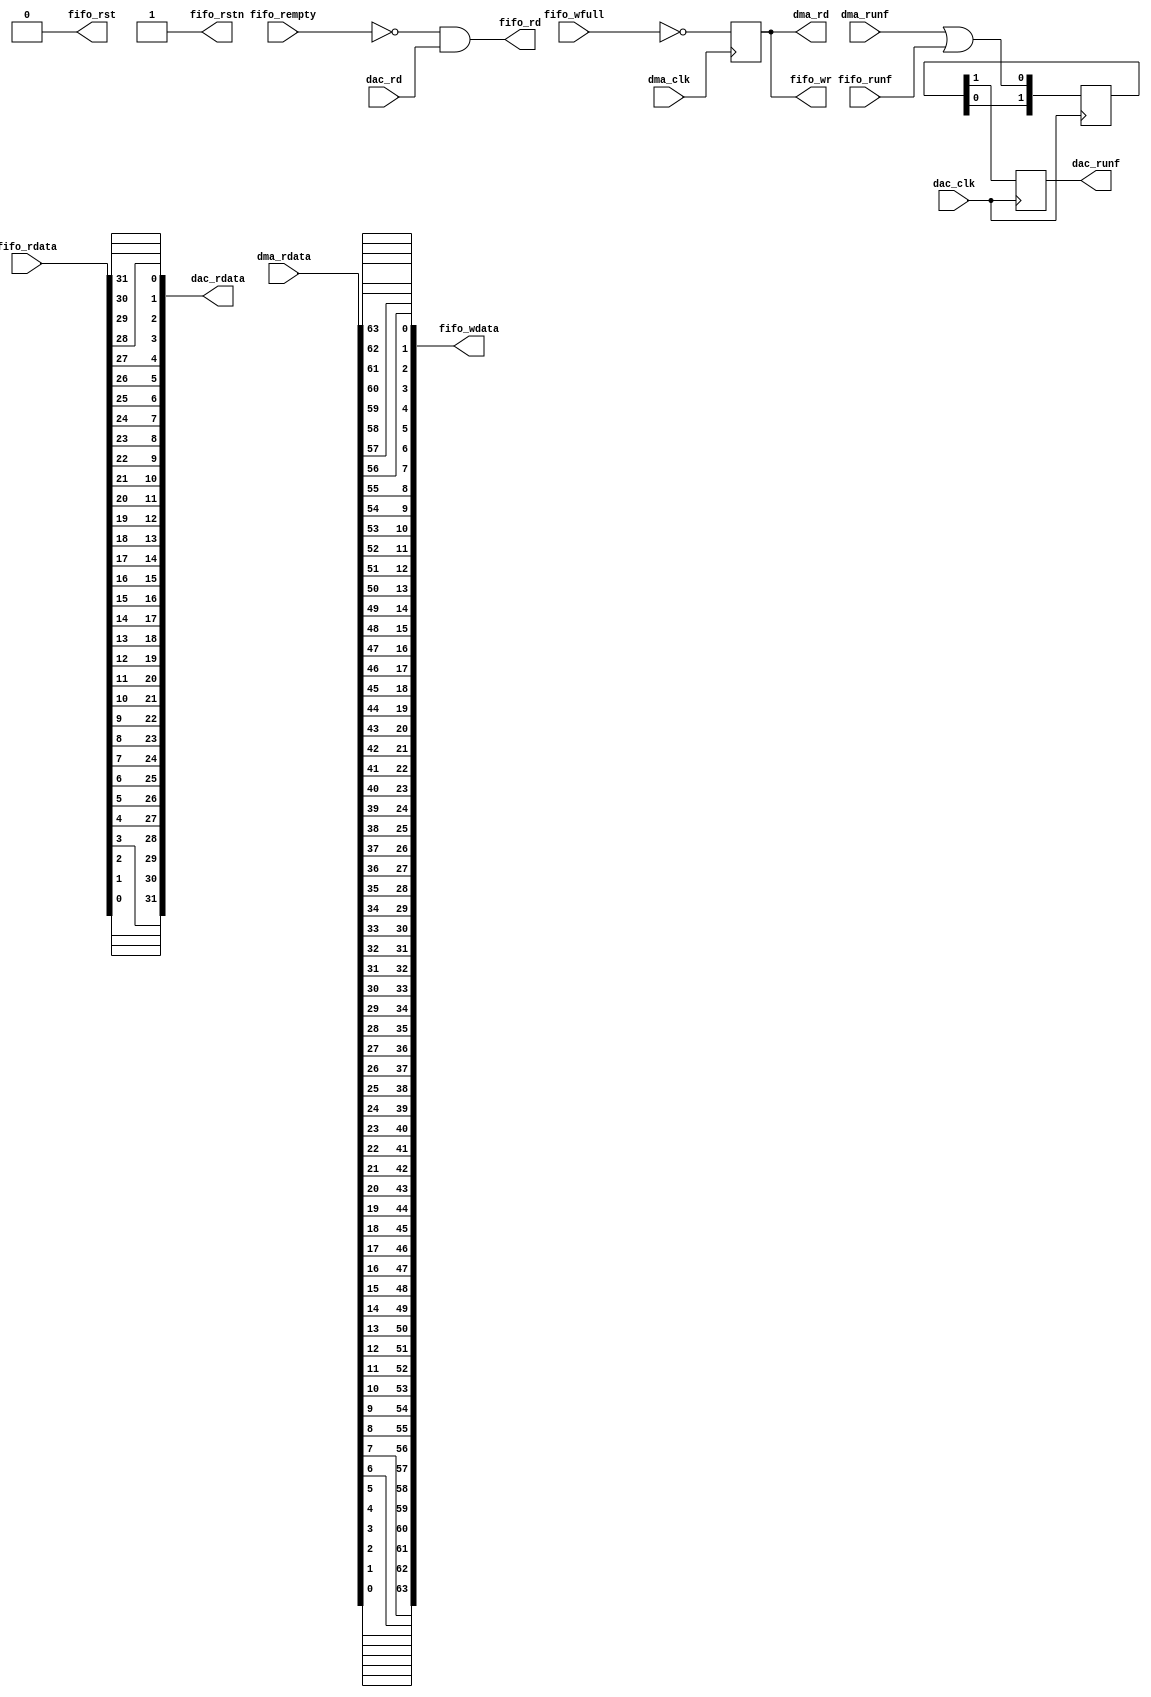
module util_rfifo (
  dac_clk,
  dac_rd,
  dac_rdata,
  dac_runf,
  dma_clk,
  dma_rd,
  dma_rdata,
  dma_runf,
  fifo_rst,
  fifo_rstn,
  fifo_wr,
  fifo_wdata,
  fifo_wfull,
  fifo_rd,
  fifo_rdata,
  fifo_rempty,
  fifo_runf);
  parameter DAC_DATA_WIDTH = 32;
  parameter DMA_DATA_WIDTH = 64;
  input                           dac_clk;
  input                           dac_rd;
  output  [DAC_DATA_WIDTH-1:0]    dac_rdata;
  output                          dac_runf;
  input                           dma_clk;
  output                          dma_rd;
  input   [DMA_DATA_WIDTH-1:0]    dma_rdata;
  input                           dma_runf;
  output                          fifo_rst;
  output                          fifo_rstn;
  output                          fifo_wr;
  output  [DMA_DATA_WIDTH-1:0]    fifo_wdata;
  input                           fifo_wfull;
  output                          fifo_rd;
  input   [DAC_DATA_WIDTH-1:0]    fifo_rdata;
  input                           fifo_rempty;
  input                           fifo_runf;
  reg     [ 1:0]                  dac_runf_m = 'd0;
  reg                             dac_runf = 'd0;
  reg                             dma_rd = 'd0;
  always @(posedge dac_clk) begin
    dac_runf_m[0] <= dma_runf | fifo_runf;
    dac_runf_m[1] <= dac_runf_m[0];
    dac_runf <= dac_runf_m[1];
  end
  always @(posedge dma_clk) begin
    dma_rd <= ~fifo_wfull;
  end
  assign fifo_wr = dma_rd;
  genvar s;
  generate
  for (s = 0; s < DMA_DATA_WIDTH; s = s + 1) begin: g_wdata
  assign fifo_wdata[s] = dma_rdata[(DMA_DATA_WIDTH-1)-s];
  end
  endgenerate
  assign fifo_rd = ~fifo_rempty & dac_rd;
  genvar m;
  generate
  for (m = 0; m < DAC_DATA_WIDTH; m = m + 1) begin: g_rdata
  assign dac_rdata[m] = fifo_rdata[(DAC_DATA_WIDTH-1)-m];
  end
  endgenerate
  assign fifo_rst = 1'b0;
  assign fifo_rstn = 1'b1;
endmodule